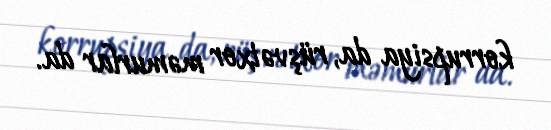
korrupsiya da, rüşvətxor məmurlar da.